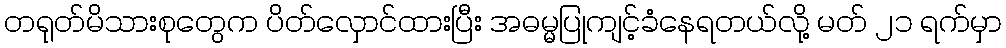
တရုတ်မိသားစုတွေက ပိတ်လှောင်ထားပြီး အဓမ္မပြုကျင့်ခံနေရတယ်လို့ မတ် ၂၁ ရက်မှာ